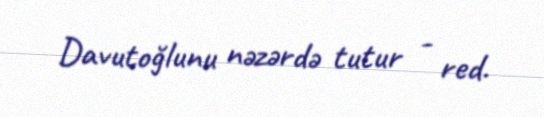
Davutoğlunu nəzərdə tutur - red.